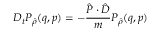
D _ { t } P _ { \hat { \rho } } ( q , p ) = - \frac { \hat { P } \cdot \hat { D } } { m } P _ { \hat { \rho } } ( q , p )